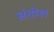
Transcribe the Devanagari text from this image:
संतोश